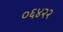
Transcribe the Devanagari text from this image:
०६४२२